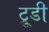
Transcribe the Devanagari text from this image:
ट्रूडी